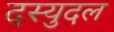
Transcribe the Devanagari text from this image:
दस्युदल